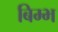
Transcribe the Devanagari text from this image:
बिम्भ